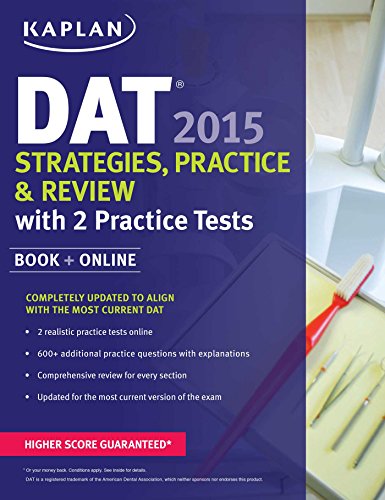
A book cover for Kaplan DAT 2015 Strategies, Practice, and Review with 2 Practice Tests: Book + Online (Kaplan Test Prep); Kaplan; Medical Books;